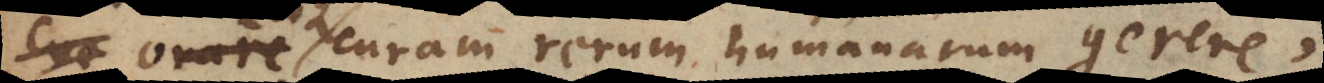
eosque curam rerum humanarum gerere,